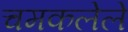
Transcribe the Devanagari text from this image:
चमकलेले